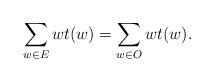
LaTeX: \begin{align*}\sum_{w \in E} wt(w) = \sum_{w \in O} wt(w). \end{align*}